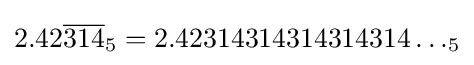
2.42{\overline {314}}_{5}=2.42314314314314314\dots _{5}